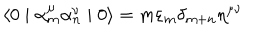
\langle 0 \mid { \alpha } _ { m } ^ { \mu } { \alpha } _ { n } ^ { \nu } \mid 0 \rangle = m { \varepsilon } _ { m } { \delta } _ { m + n } { \eta } ^ { \mu \nu }